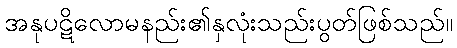
အနုပဋိလောမနည်း၏နှလုံးသည်းပွတ်ဖြစ်သည်။